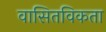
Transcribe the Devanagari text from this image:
वासितविकता